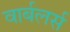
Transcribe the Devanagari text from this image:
वार्बलर्स